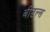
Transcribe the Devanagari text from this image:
बीटल्‍स